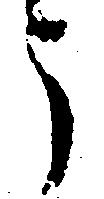
う